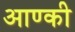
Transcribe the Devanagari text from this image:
आण्की